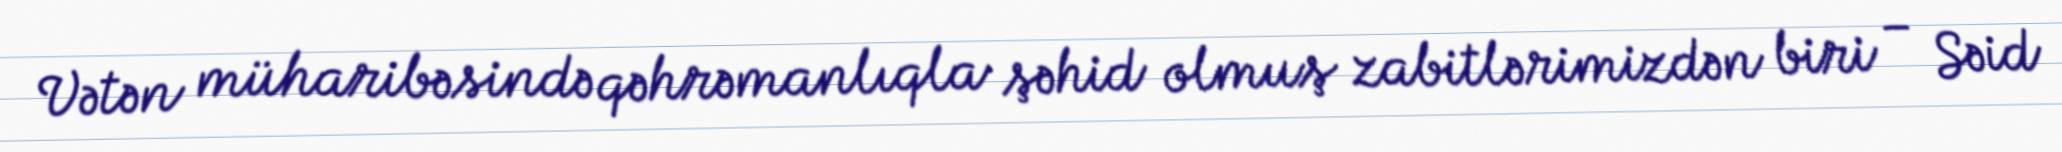
Vətən müharibəsində qəhrəmanlıqla şəhid olmuş zabitlərimizdən biri – Səid